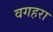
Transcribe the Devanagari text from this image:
वगहरा